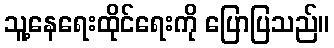
သူ့နေရေးထိုင်ရေးကို ပြောပြသည်။